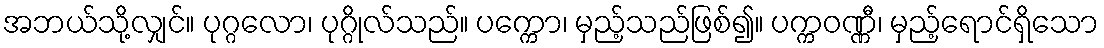
အဘယ်သို့လျှင်။ ပုဂ္ဂလော၊ ပုဂ္ဂိုလ်သည်။ ပက္ကော၊ မှည့်သည်ဖြစ်၍။ ပက္ကဝဏ္ဏီ၊ မှည့်ရောင်ရှိသော